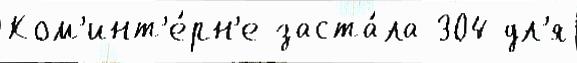
Ком'инт'е́рн'е заста́ла 304 дл'я